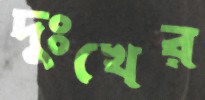
দুঃখের